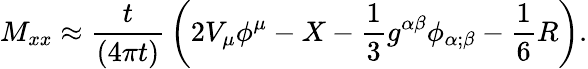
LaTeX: M_{xx}\approx{\frac{t}{\left(4\pi t\right)}}\left(2V_{\mu}\phi^{\mu}-X-{\frac{1}{3}}g^{\alpha\beta}\phi_{\alpha;\beta}-{\frac{1}{6}}R\right).